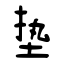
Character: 垫